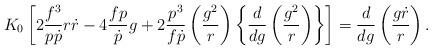
LaTeX: \begin{align*}K_{0}\left[ 2\frac{f^{3}}{p\dot{p}}r\dot{r}-4\frac{fp}{\dot{p}}g+2\frac{p^{3}}{f\dot{p}}\left( \frac{g^{2}}{r}\right) \left\{ \frac{d}{dg}\left( \frac{g^{2}}{r}\right) \right\} \right] =\frac{d}{dg}\left( \frac{g\dot{r}}{r}\right) . \end{align*}